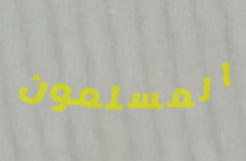
المسلمون